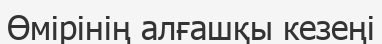
Өмірінің алғашқы кезеңі